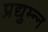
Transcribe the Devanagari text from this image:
प्रद्युम्न्न